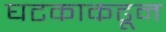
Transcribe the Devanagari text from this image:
घटकाकढून